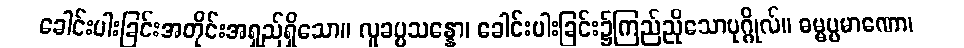
ခေါင်းပါးခြင်းအတိုင်းအရှည်ရှိသော။ လူခပ္ပသန္နော၊ ခေါင်းပါးခြင်း၌ကြည်ညိုသောပုဂ္ဂိုလ်။ ဓမ္မပ္ပမာဏော၊